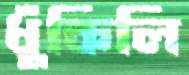
ধুঁকিলি